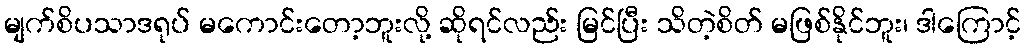
မျက်စိပသာဒရုပ် မကောင်းတော့ဘူးလို့ ဆိုရင်လည်း မြင်ပြီး သိတဲ့စိတ် မဖြစ်နိုင်ဘူး၊ ဒါကြောင့်